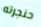
حنجرته